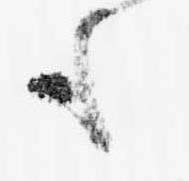
も